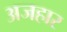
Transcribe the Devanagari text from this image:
अजहार